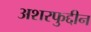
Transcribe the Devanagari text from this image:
अशरफुद्दीन